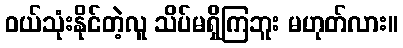
ဝယ်သုံးနိုင်တဲ့လူ သိပ်မရှိကြဘူး မဟုတ်လား။